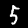
Digit: 5